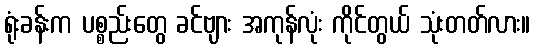
ရုံးခန်းက ပစ္စည်းတွေ ခင်ဗျား အကုန်လုံး ကိုင်တွယ် သုံးတတ်လား။